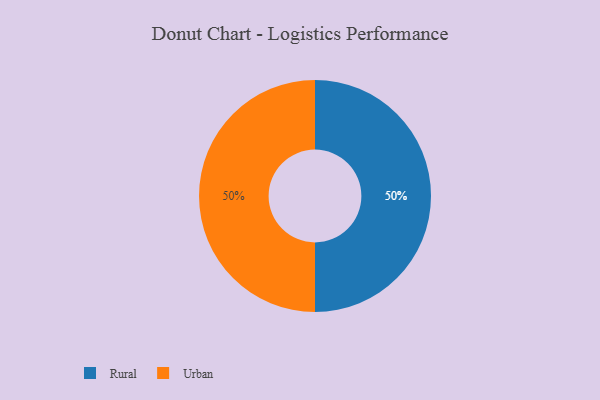
{"axis": {"x": "Category", "y": "Percentage"}, "legend": ["Rural", "Urban"], "data": [{"x": "Rural", "y": 50, "type": "Rural"}, {"x": "Urban", "y": 50, "type": "Urban"}]}